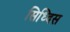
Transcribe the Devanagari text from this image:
सिध्दिस